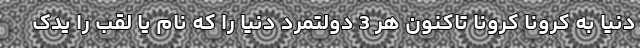
دنیا به کرونا کرونا تاکنون هر 3 دولتمرد دنیا را که نام یا لقب را یدک